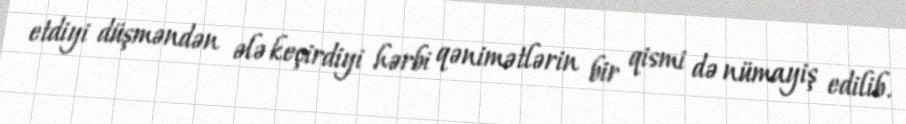
etdiyi düşməndən ələ keçirdiyi hərbi qənimətlərin bir qismi də nümayiş edilib.